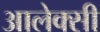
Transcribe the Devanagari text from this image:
आलेक्सी